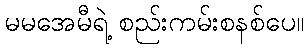
မမအေမီရဲ့ စည်းကမ်းစနစ်ပေ။